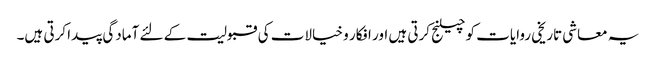
یہ معاشی تاریخی روایات کو چیلنج کرتی ہیں اور افکار و خیالات کی قبولیت کے لئے آمادگی پیدا کرتی ہیں۔